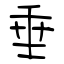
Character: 垂